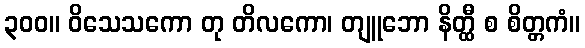
၃၀၀။ ဝိသေသကော တု တိလကော၊ တျူဘော နိတ္ထီ စ စိတ္တကံ။